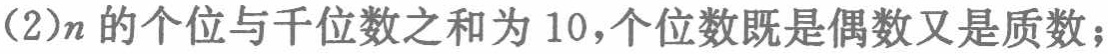
(2)\(n\)的个位与千位数之和为\(10\)，个位数既是偶数又是质数；